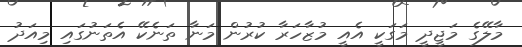
މާލޭގެ މަޖީދީ މަގަކީ އެއީ މުޒާހަރާ ކުރުން މަނާ ތަނެކޭ އެތަނުގައި މިއަދު